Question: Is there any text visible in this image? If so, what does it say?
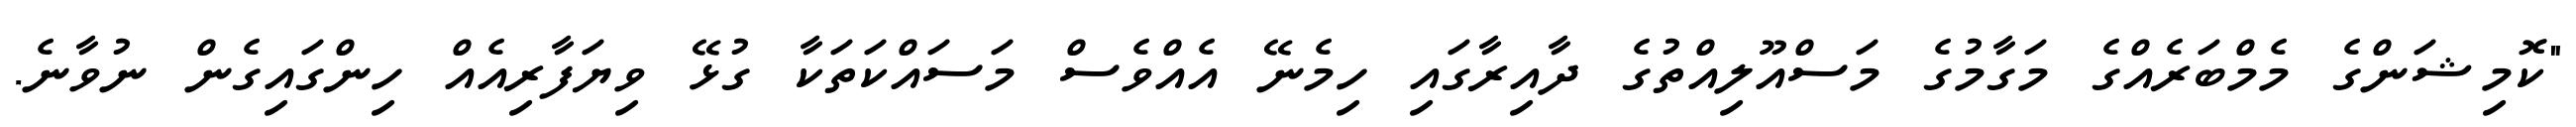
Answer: "ކޮމިޝަންގެ މެމްބަރެއްގެ މަގާމުގެ މަސްއޫލިއްތުގެ ދާއިރާގައި ހިމެނޭ އެއްވެސް މަސައްކަތަކާ ގުޅޭ ވިޔަފާރިއެއް ހިންގައިގެން ނުވާނެ.